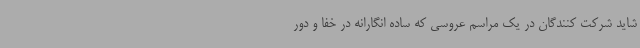
شاید شرکت کنندگان در یک مراسم عروسی که ساده انگارانه در خفا و دور